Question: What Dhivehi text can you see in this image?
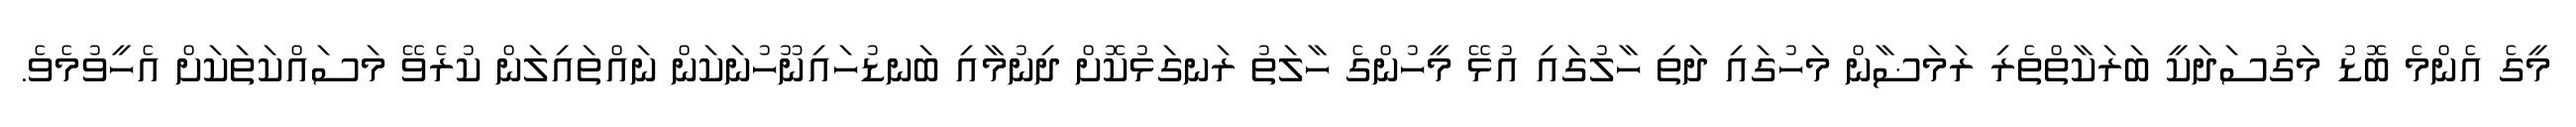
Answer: މީގެ އެންމެ ބޮޑު މަގުސަދަކީ ބަރަކާތްތެރި ރަމަޟާން މަހުގައި ދަތި ހާލުގައި އުޅޭ މީހުންގެ ހާލަތު ރަނގަޅުކޮށް ދިނުމާއި ބަނޑުހައިނޫހުނަކަން ނައްތައިލަން ކުރެވޭ މަސައްކަތަކަށް އެހީވުމެވެ.